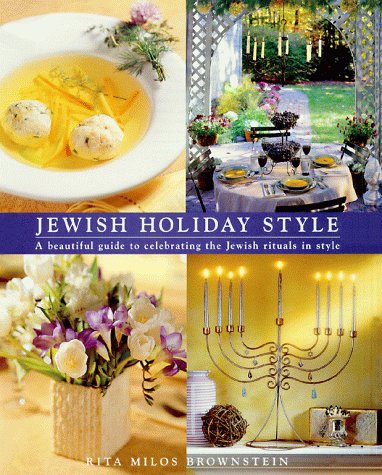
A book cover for Jewish Holiday Style; Rita Milos Brownstein; Cookbooks, Food & Wine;